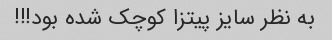
به نظر سایز پیتزا کوچک شده بود!!!